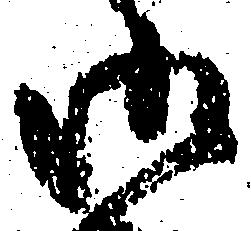
御